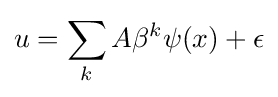
u=\sum _{k}A\beta ^{k}\psi (x)+\epsilon